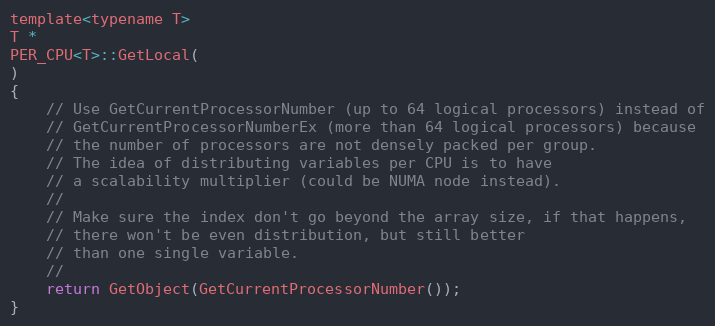
Language: C
template<typename T>
T *
PER_CPU<T>::GetLocal(
)
{
    // Use GetCurrentProcessorNumber (up to 64 logical processors) instead of
    // GetCurrentProcessorNumberEx (more than 64 logical processors) because
    // the number of processors are not densely packed per group.
    // The idea of distributing variables per CPU is to have
    // a scalability multiplier (could be NUMA node instead).
    //
    // Make sure the index don't go beyond the array size, if that happens,
    // there won't be even distribution, but still better
    // than one single variable.
    //
    return GetObject(GetCurrentProcessorNumber());
}